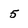
Character: 5